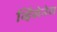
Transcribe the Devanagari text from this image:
व्हिंसेनेस